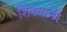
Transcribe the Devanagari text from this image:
शिंक्याची